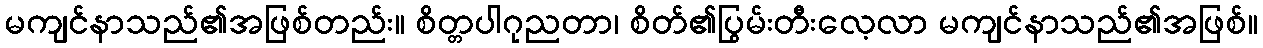
မကျင်နာသည်၏အဖြစ်တည်း။ စိတ္တပါဂုညတာ၊ စိတ်၏ပြွမ်းတီးလေ့လာ မကျင်နာသည်၏အဖြစ်။